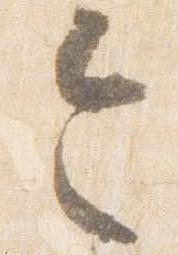
令